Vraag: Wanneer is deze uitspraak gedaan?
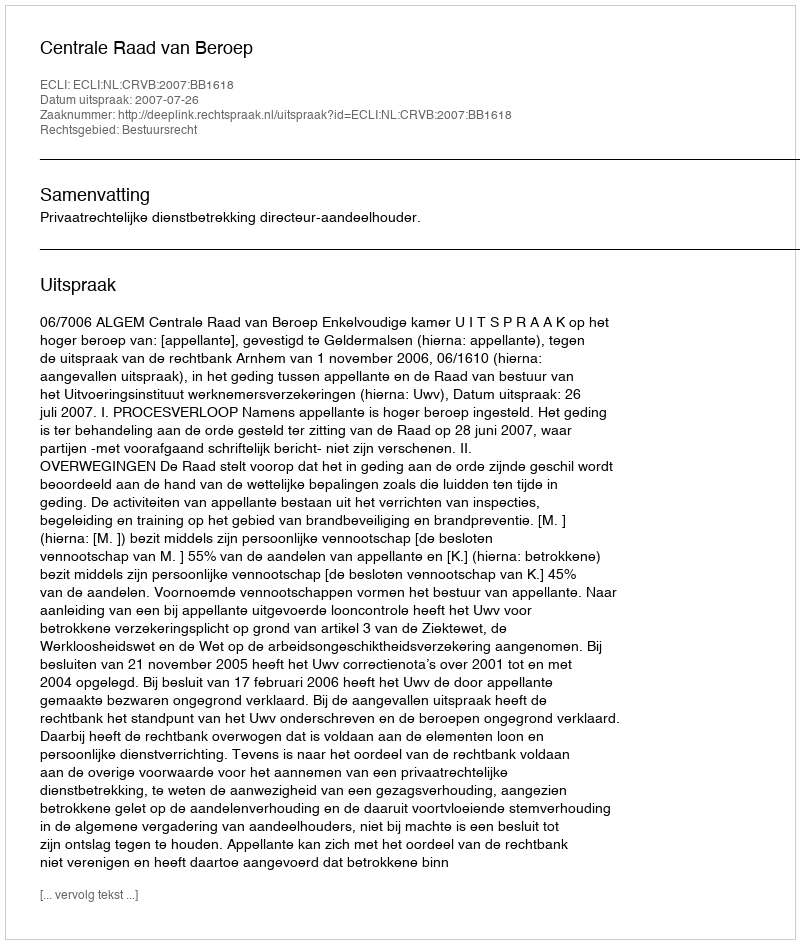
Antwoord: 2007-07-26